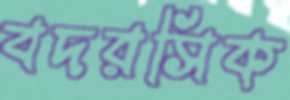
বদরসিক